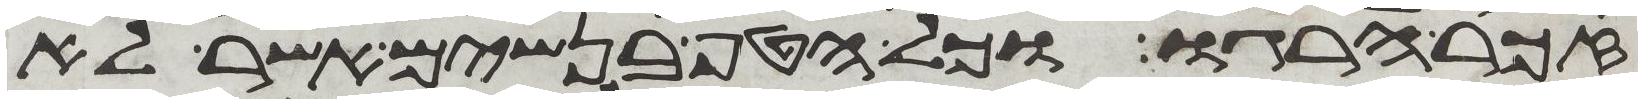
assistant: זכר הרגו וכל הטף בנשים אשר לא